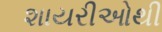
શાયરીઓથી